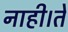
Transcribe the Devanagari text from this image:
नाही।ते